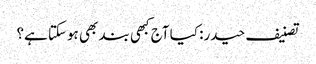
تصنیف حیدر: کیا آج کبھی بند بھی ہوسکتا ہے؟